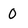
Character: 0